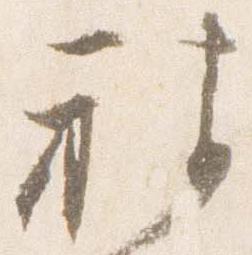
被